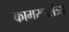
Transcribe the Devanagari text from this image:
कामस्वातंत्र्य